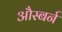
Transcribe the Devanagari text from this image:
औस्बर्न